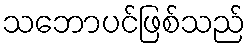
သဘောပင်ဖြစ်သည်